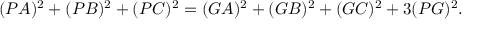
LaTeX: ( P A ) ^ { 2 } + ( P B ) ^ { 2 } + ( P C ) ^ { 2 } = ( G A ) ^ { 2 } + ( G B ) ^ { 2 } + ( G C ) ^ { 2 } + 3 ( P G ) ^ { 2 } .